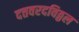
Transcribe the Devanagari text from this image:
दत्तवरदविठ्ठल